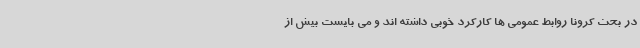
در بحث کرونا روابط عمومی ها کارکرد خوبی داشته اند و می بایست بیش از